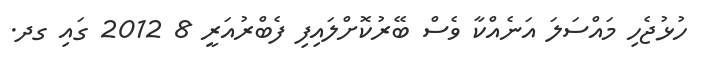
ހުޅުޖެހި މައްސަލަ އަނެއްކާ ވެސް ބޭރުކޮށްލައިފި ފެބްރުއަރީ 8 2012 ގައި ގދ.